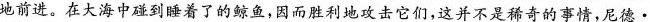
地前进。在大海中碰到睡着了的鲸鱼，因而胜利地攻击它们，这并不是稀奇的事情，尼德·